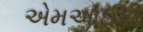
એમઆઈટી